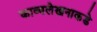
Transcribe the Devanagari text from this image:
काव्यलेखनाकडे